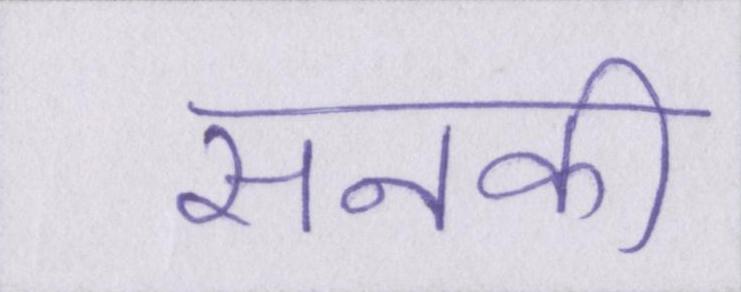
सनकी